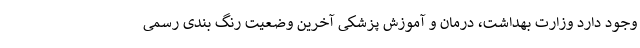
وجود دارد وزارت بهداشت، درمان و آموزش پزشکی آخرین وضعیت رنگ بندی رسمی